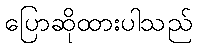
ပြောဆိုထားပါသည်